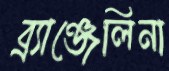
ব্র্যাঞ্জেলিনা